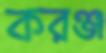
করঞ্জ